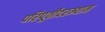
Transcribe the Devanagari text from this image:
परिपूर्तीदरम्यान